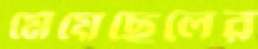
মেয়েছেলের